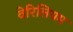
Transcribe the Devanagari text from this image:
वेरिलियम